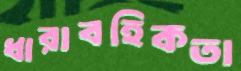
ধারাবহিকতা